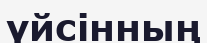
үйсінның